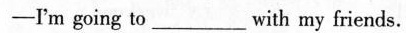
-I'm going to___with my friends.